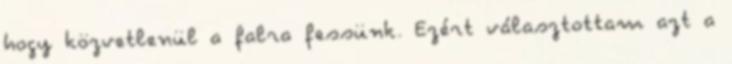
hogy közvetlenül a falra fessünk. Ezért választottam azt a